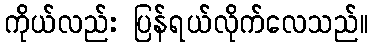
ကိုယ်လည်း ပြန်ရယ်လိုက်လေသည်။